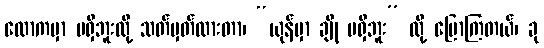
လောကမှာ မရှိဘူးလို့ သတ်မှတ်ထားတာ၊ “ယုန်မှာ ချို မရှိဘူး” လို့ ပြောကြတယ်၊ ခု